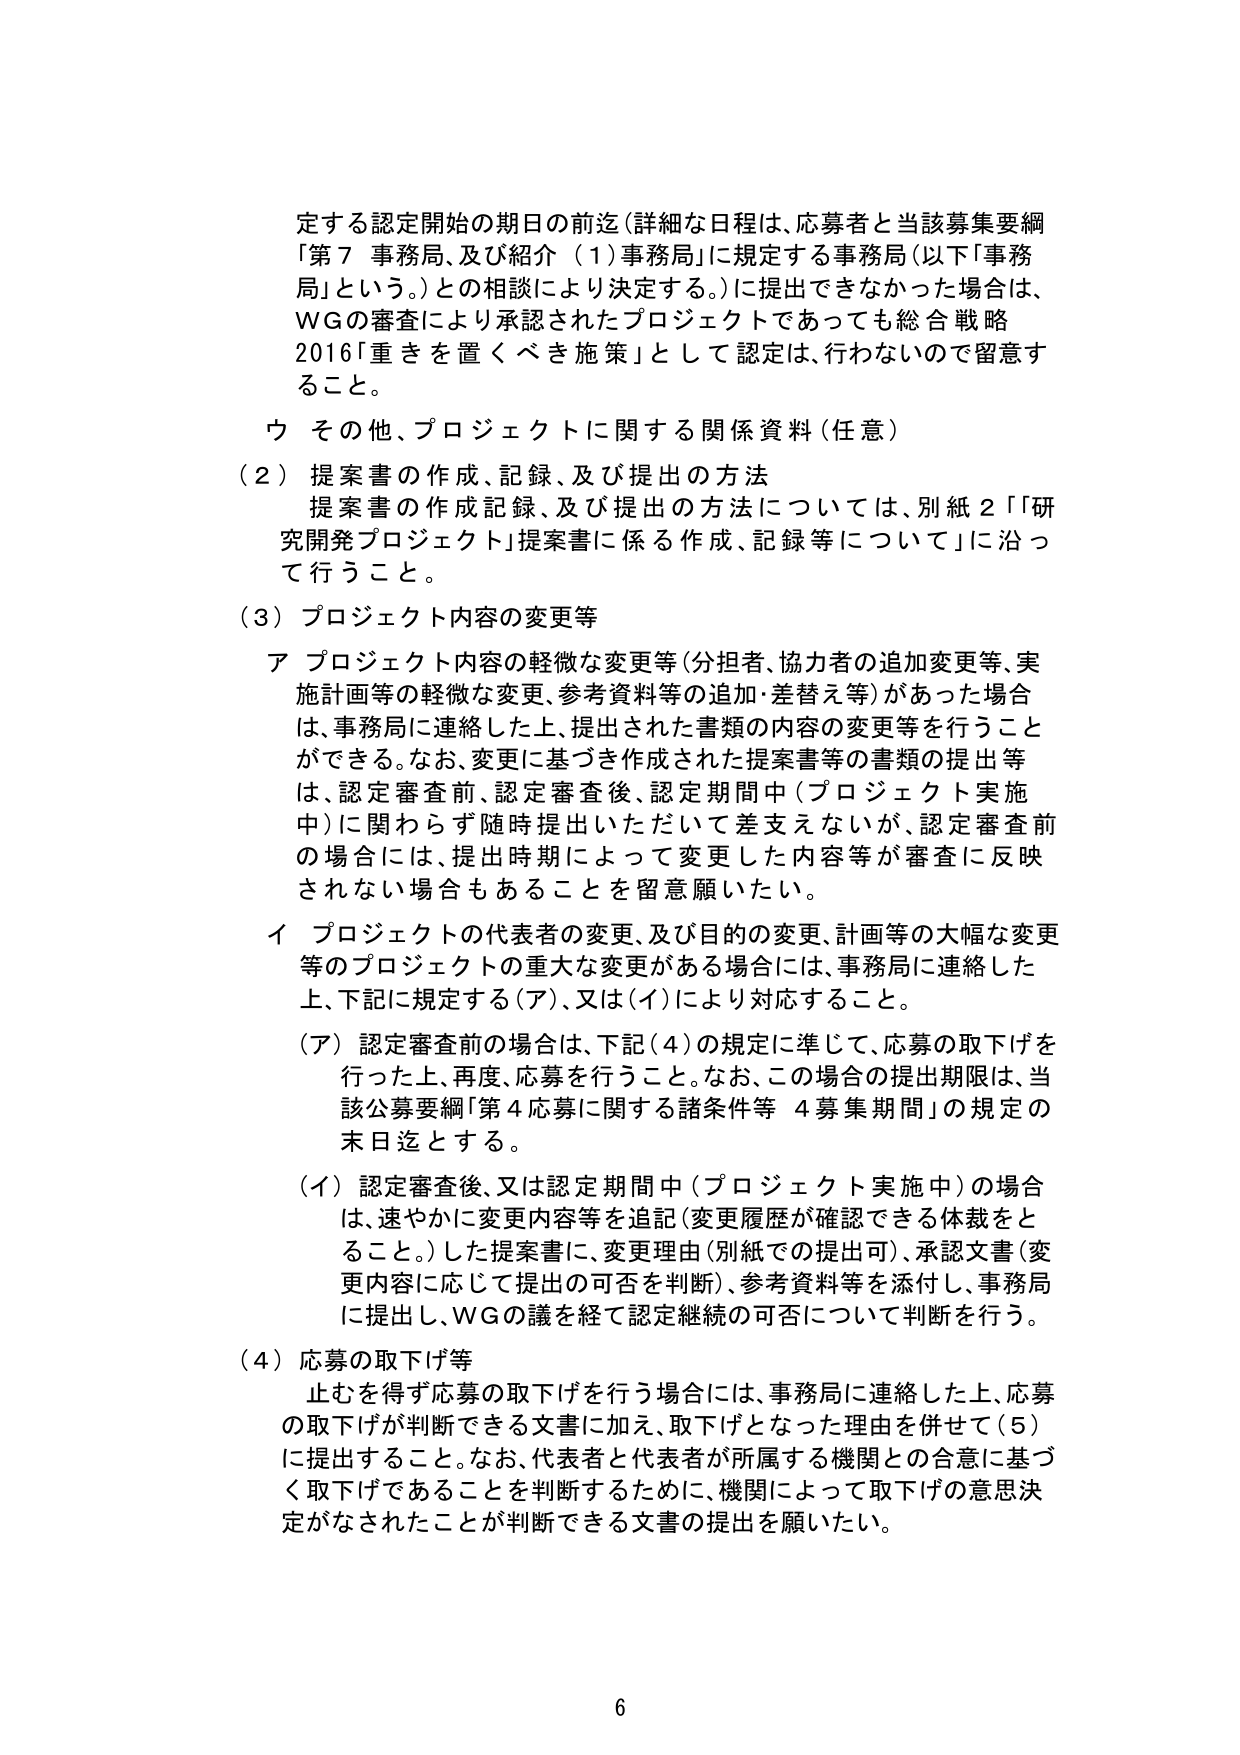
定する認定開始の期日の前迄（詳細な日程は、応募者と当該募集要綱「第７ 事務局、及び紹介（１）事務局」に規定する事務局（以下「事務局」という。）との相談により決定する。）に提出できなかった場合は、WGの審査により承認されたプロジェクトであっても総合戦略2016「重きを置くべき施策」として認定は、行わないで留意すること。

ウ その他、プロジェクトに関する関係資料（任意）

（２）提案書の作成、記録、及び提出の方法
提案書の作成記録、及び提出の方法については、別紙２「『研究開発プロジェクト』提案書に係る作成、記録等について」に沿って行うこと。

（３）プロジェクト内容の変更等

ア プロジェクト内容の軽微な変更等（分担者、協力者の追加変更等、実施計画等の軽微な変更、参考資料等の追加・差替え等）があった場合は、事務局に連絡した上、提出された書類の内容の変更等を行うことができる。なお、変更に基づき作成された提案書等の書類の提出等は、認定審査前、認定審査後、認定期間中（プロジェクト実施中）に関わらず随時提出いただいて差支えないが、認定審査前の場合は、提出時期によって変更した内容等が審査に反映されない場合もあることを留意願いたい。

イ プロジェクトの代表者の変更、及び目的の変更、計画等の大幅な変更等のプロジェクトの重大な変更がある場合には、事務局に連絡した上、下記に規定する（ア）、又は（イ）により対応すること。

（ア）認定審査前の場合は、下記（４）の規定に準じて、応募の取下げを行った上、再度、応募を行うこと。なお、この場合の提出期限は、当該公募要綱「第４ 応募に関する諸条件等 ４ 募集期間」の規定の末日迄とする。

（イ）認定審査後、又は認定期間中（プロジェクト実施中）の場合は、速やかに変更内容等を追記（変更履歴が確認できる体裁をとること。）した提案書に、変更理由（別紙での提出可）、承認文書（変更内容に応じて提出の可否を判断）、参考資料等を添付し、事務局に提出し、WGの議を経て認定継続の可否について判断を行う。

（４）応募の取下げ等
止むを得ず応募の取下げを行う場合には、事務局に連絡した上、応募の取下げが判断できる文書に加え、取下げとなった理由を併せて（５）に提出すること。なお、代表者と代表者が所属する機関との合意に基づく取下げであることを判断するために、機関によって取下げの意思決定がなされたことが判断できる文書の提出を願いたい。

6